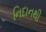
નિદાનથી